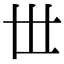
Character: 𠀍